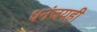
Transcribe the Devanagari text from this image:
धनंजयही